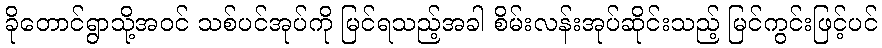
ခိုတောင်ရွာသို့အဝင် သစ်ပင်အုပ်ကို မြင်ရသည့်အခါ စိမ်းလန်းအုပ်ဆိုင်းသည့် မြင်ကွင်းဖြင့်ပင်